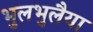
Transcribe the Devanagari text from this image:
भुलभुलैया